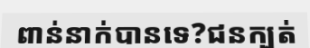
ពាន់នាក់បានទេ?ជនក្បត់